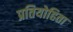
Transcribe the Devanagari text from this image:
प्रतियोहिता